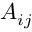
A _ { i j }